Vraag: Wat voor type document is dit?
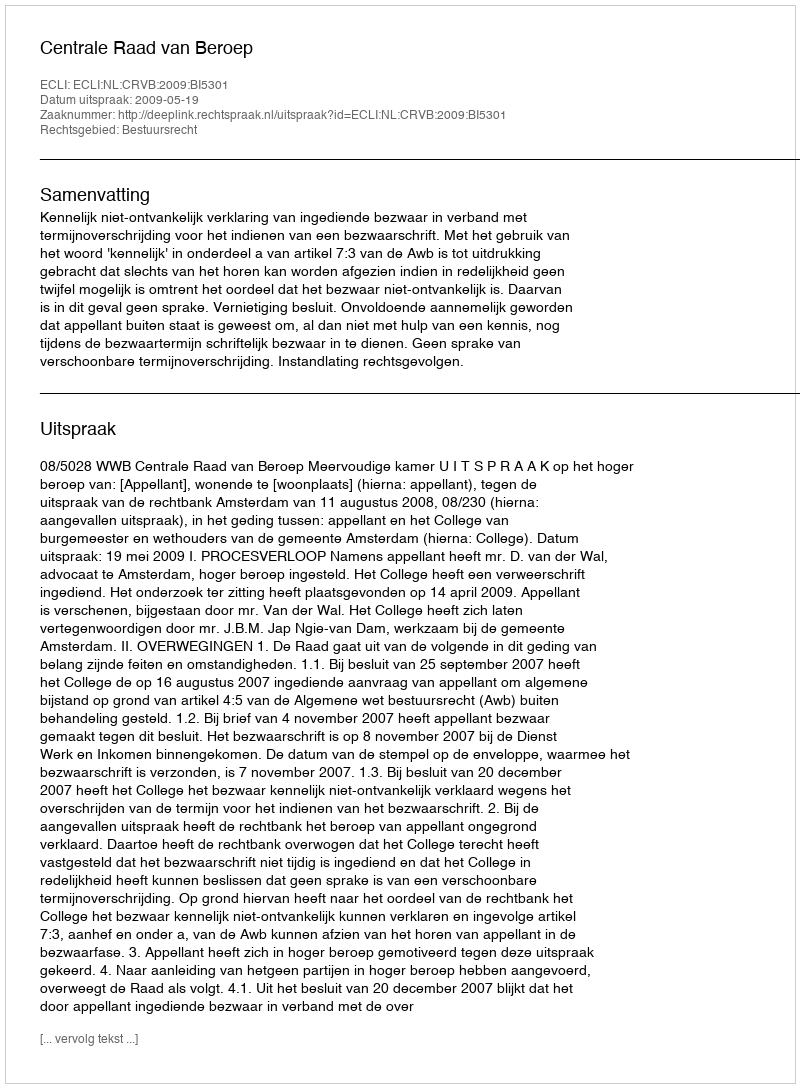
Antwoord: Uitspraak